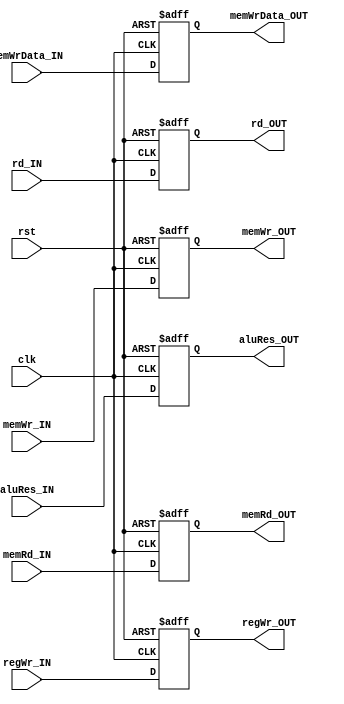
module EXE_MEM_Reg (clk, rst, regWr_IN, memWr_IN, memRd_IN, aluRes_IN, memWrData_IN, rd_IN,
  regWr_OUT, memWr_OUT, memRd_OUT, aluRes_OUT, memWrData_OUT, rd_OUT);

  input clk, rst, regWr_IN, memWr_IN, memRd_IN;
  input[2:0] rd_IN;
  input[7:0] aluRes_IN, memWrData_IN;
  output reg regWr_OUT, memWr_OUT, memRd_OUT;
  output reg[2:0] rd_OUT;
  output reg[7:0] aluRes_OUT, memWrData_OUT;

  always @(posedge clk, posedge rst) begin
    if (rst) begin
      {regWr_OUT, memWr_OUT, memRd_OUT, rd_OUT, aluRes_OUT, memWrData_OUT} <= 0;
    end
    else begin
      regWr_OUT <= regWr_IN; memWr_OUT <= memWr_IN; memRd_OUT <= memRd_IN;
      rd_OUT <= rd_IN; aluRes_OUT <= aluRes_IN; memWrData_OUT <= memWrData_IN;
    end
  end

endmodule // EXE_MEM_Reg